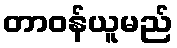
တာဝန်ယူမည်